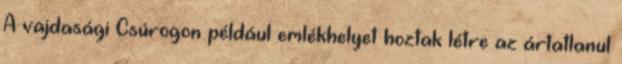
A vajdasági Csúrogon például emlékhelyet hoztak létre az ártatlanul